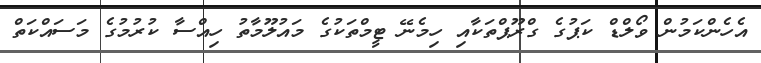
އެހެންކަމުން ވޯލްޑް ކަޕުގެ ގްރޫޕްތަކާއި ހިމެނޭ ޓީމްތަކުގެ މައުލޫމާތު ހިއްސާ ކުރުމުގެ މަސައްކަތް